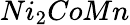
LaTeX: Ni_{2}CoMn